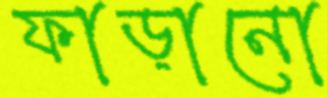
ফাড়ানো